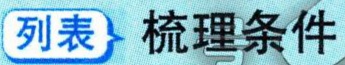
列表→梳理条件